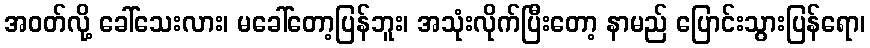
အဝတ်လို့ ခေါ်သေးလား၊ မခေါ်တော့ပြန်ဘူး၊ အသုံးလိုက်ပြီးတော့ နာမည် ပြောင်းသွားပြန်ရော၊